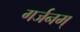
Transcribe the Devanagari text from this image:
गर्जनम्‌